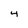
Character: 4